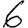
Digit: 6